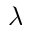
\lambda